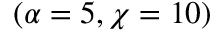
( \alpha = 5 , \chi = 1 0 )